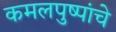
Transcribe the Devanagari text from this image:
कमलपुष्पांचे